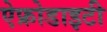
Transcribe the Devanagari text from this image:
ऐफ्रोडाइटी